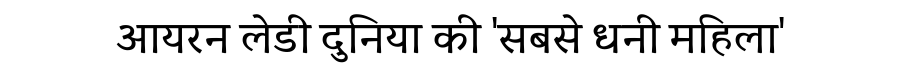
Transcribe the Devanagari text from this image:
आयरन लेडी दुनिया की 'सबसे धनी महिला'